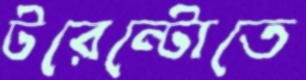
টরেন্টোতে